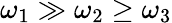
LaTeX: \omega_{1}\gg\omega_{2}\ge\omega_{3}